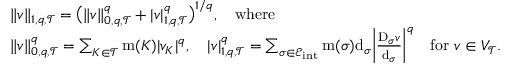
\begin{array} { r l } & { \| v \| _ { 1 , q , { \mathcal T } } = \big ( \| v \| _ { 0 , q , { \mathcal T } } ^ { q } + | v | _ { 1 , q , { \mathcal T } } ^ { q } \big ) ^ { 1 / q } , \quad \mathrm { w h e r e } } \\ & { \| v \| _ { 0 , q , { \mathcal T } } ^ { q } = \sum _ { K \in { \mathcal T } } \operatorname { m } ( K ) | v _ { K } | ^ { q } , \quad | v | _ { 1 , q , { \mathcal T } } ^ { q } = \sum _ { \sigma \in { \mathcal E } _ { \mathrm { i n t } } } \operatorname { m } ( \sigma ) { \operatorname { d } } _ { \sigma } \bigg | \frac { \mathrm { D } _ { \sigma } v } { { \operatorname { d } } _ { \sigma } } \bigg | ^ { q } \quad \mathrm { f o r ~ } v \in V _ { \mathcal T } . } \end{array}